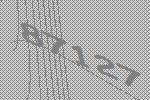
87127